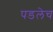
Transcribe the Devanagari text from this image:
पडलेच